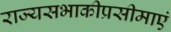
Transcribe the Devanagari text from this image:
राज्यसभाकीप्रसीमाएं